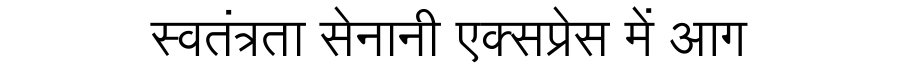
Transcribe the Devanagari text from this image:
स्वतंत्रता सेनानी एक्सप्रेस में आग